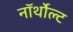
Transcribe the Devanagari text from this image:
नॉर्थोल्ट